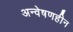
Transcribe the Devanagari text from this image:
अन्वेषणहीन